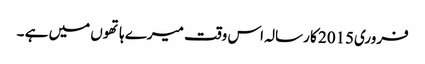
فروری2015 کا رسالہ اس وقت میرے ہاتھوں میں ہے ۔